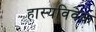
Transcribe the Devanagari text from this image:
हास्यविवेक